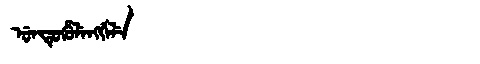
Manchu: ᡠᠨᡨᡠᡥᡠᠯᡝᠩᡤᡝᠯᡝ
Romanization: UNTUHULENGGELE